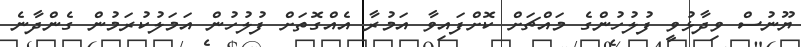
ޔޫނުސް ވިދާޅުވީ ފުލުހުންގެ މައްޗަށް ކޮށްފައިވާ އަމުރާ އެއްގޮތަށް ފުލުހުން އަމަލުކުރަމުން ގެންދާނެ